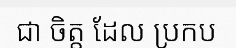
ជា ចិត្ត ដែល ប្រកប